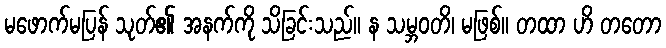
မဖောက်မပြန် သုတ်၏ အနက်ကို သိခြင်းသည်။ န သမ္ဘဝတိ၊ မဖြစ်။ တထာ ဟိ တတော